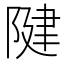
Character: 𨺩